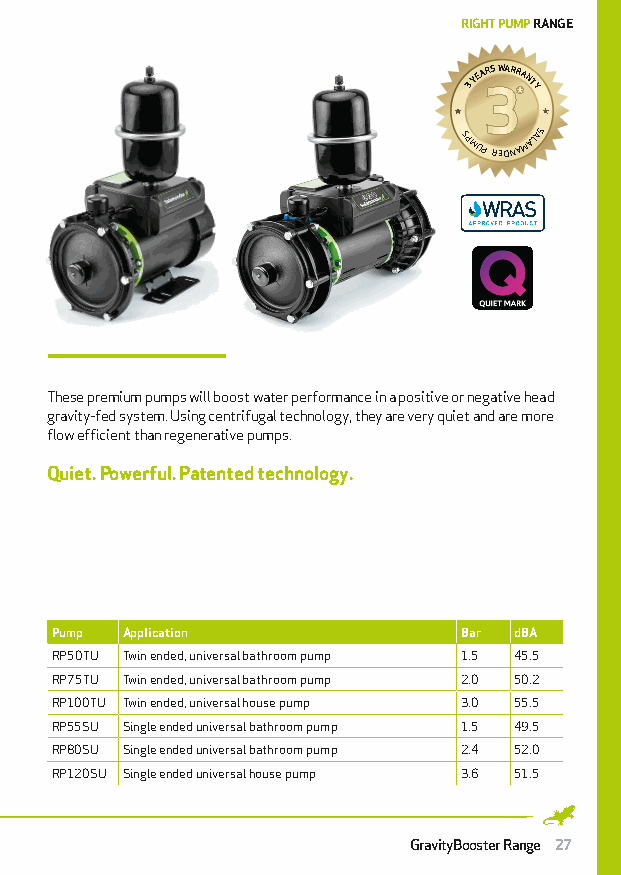
RIGHT PUMP RANGE
 SP3 MY UE PA R S
 R
 W EDAR NR AA MNT AY
 L A S
 SP5 MY UE PA R S
 R
 W EDAR NR AA MNT AY
 L A S
 These premium pumps will boost water performance in a positive or negative head
 gravity-fed system. Using centrifugal technology, they are very quiet and are more
 flow efficient than regenerative pumps.
 Quiet. Powerful. Patented technology.
 Pump Application           Bar dBA
 RP50TU Twin ended, universal bathroom pump 1.5 45.5
 RP75TU Twin ended, universal bathroom pump 2.0 50.2
 RP100TU Twin ended, universal house pump 3.0 55.5
 RP55SU Single ended universal bathroom pump 1.5 49.5
 RP80SU Single ended universal bathroom pump 2.4 52.0
 RP120SU Single ended universal house pump 3.6 51.5
 GravityBooster Range 27